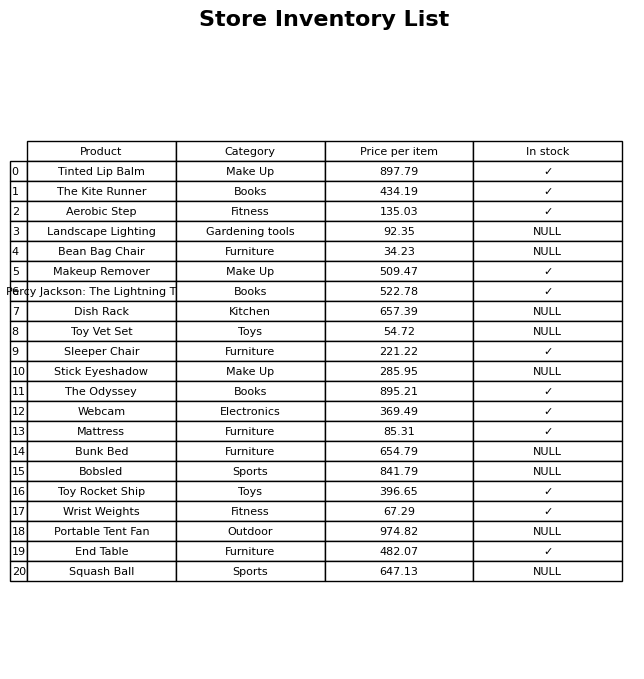
question: Is the The Odyssey in stock?
answer: ✓